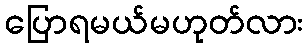
ပြောရမယ်မဟုတ်လား